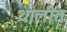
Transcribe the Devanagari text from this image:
थालीत